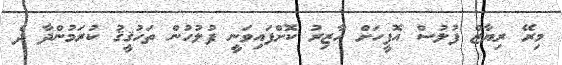
މިރޭ ރިޔާޒް ފުލުސް އޮފީހަށް ހާޒިރު ކޮށްފައިވަނީ ފުލުހުން ތަހުޤީޤު ކުރަމުންދާ ދެ